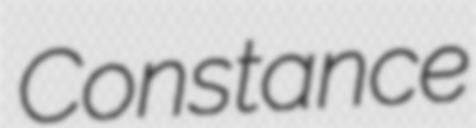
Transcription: Constance